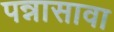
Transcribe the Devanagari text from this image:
पन्नासावा